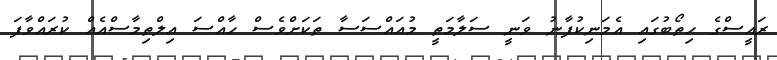
ރައީސްގެ ހިތޯބުގައި އެމަނިކުފާނު ވަނީ ސަލާމަތީ މުއައްސަސާ ތަކަށްވެސް ހާއްސަ އިލްތިމާސްއެއް ކުރައްވާފަ